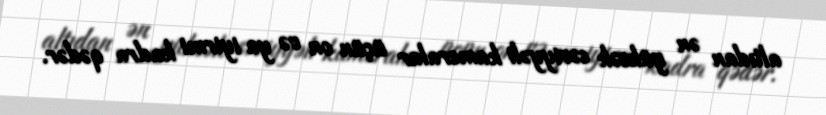
altıdan ən yüksək səviyyəli kameralar üçün on və ya iyirmi kadra qədər.